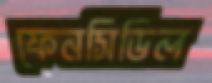
ফেনসিডিল